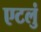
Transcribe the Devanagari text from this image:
एटलुं